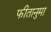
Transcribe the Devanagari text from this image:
फीतानुमा